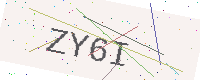
Text: ZY6I